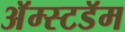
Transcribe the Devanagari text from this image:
अॅम्स्टडॅम